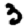
Digit: 3